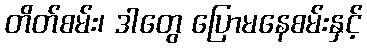
တိတ်စမ်း၊ ဒါတွေ ပြောမနေစမ်းနှင့်